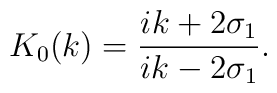
K_{0}(k)=\frac{ik+2\sigma_{1}}{ik-2\sigma_{1}}.